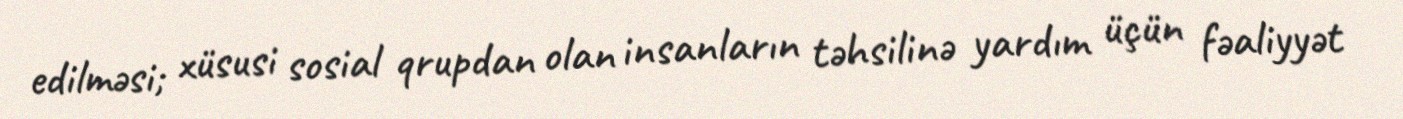
edilməsi; xüsusi sosial qrupdan olan insanların təhsilinə yardım üçün fəaliyyət